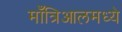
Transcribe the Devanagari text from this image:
माँत्रिआलमध्ये